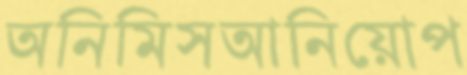
অনিমিসআনিয়োপ